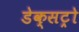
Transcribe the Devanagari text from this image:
डेक्सट्रो